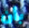
بأن